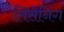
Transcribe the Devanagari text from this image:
लिसेनिंग